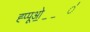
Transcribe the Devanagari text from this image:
ह्प्पूओ॒॒॒॑